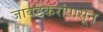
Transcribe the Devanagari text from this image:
जावडेकरांपासून